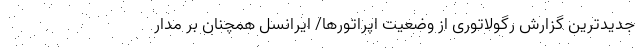
جدیدترین گزارش رگولاتوری از وضعیت اپراتورها/ ایرانسل همچنان بر مدار